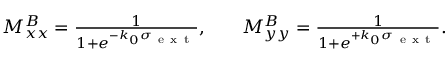
\begin{array} { r l r } { M _ { x x } ^ { B } = \frac { 1 } { 1 + e ^ { - k _ { 0 } \sigma _ { \mathrm { ~ e ~ x ~ t ~ } } } } , } & { { } } & { M _ { y y } ^ { B } = \frac { 1 } { 1 + e ^ { + k _ { 0 } \sigma _ { \mathrm { ~ e ~ x ~ t ~ } } } } . } \end{array}